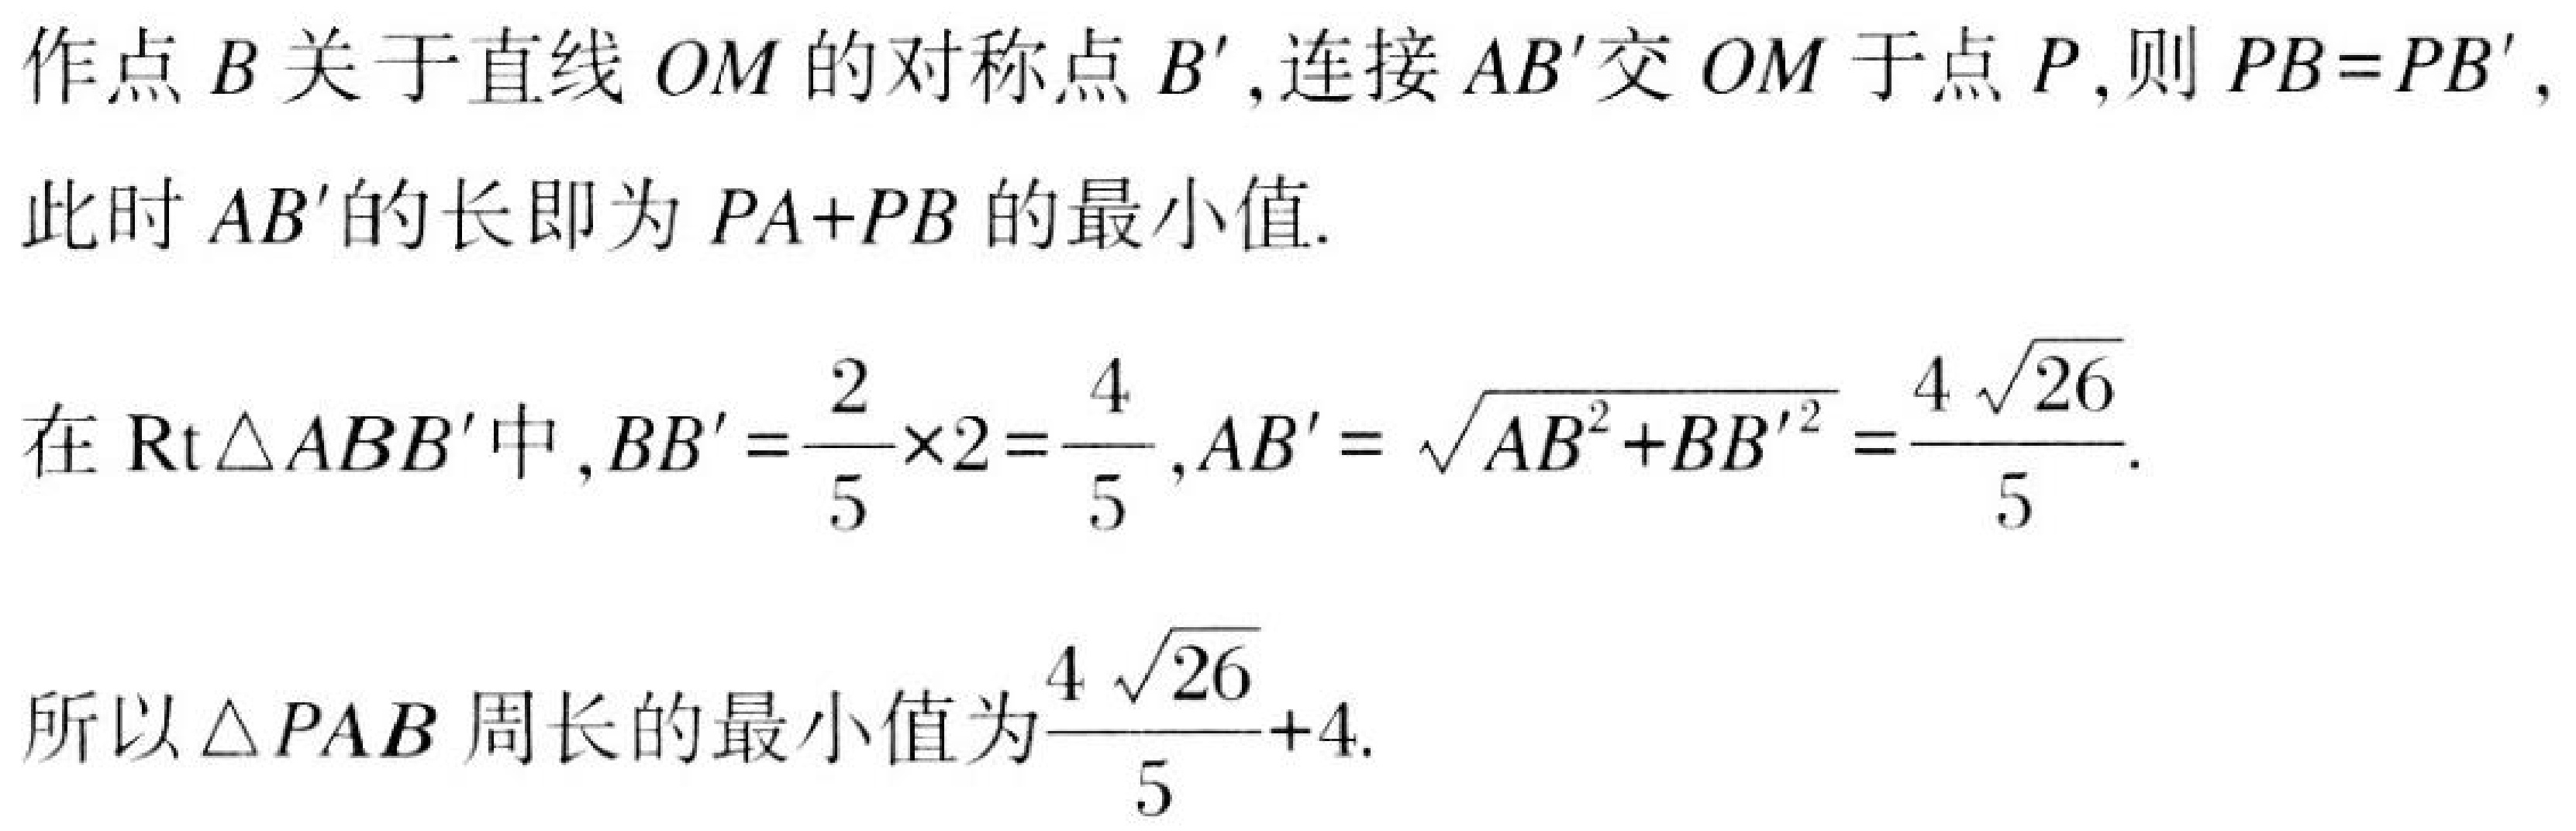
作点\(B\)关于直线\(OM\)的对称点\(B'\),连接\(AB'\)交\(OM\)于点\(P\),则\(PB = PB'\),
此时\(AB'\)的长即为\(PA + PB\)的最小值.
在\(\text{Rt}\triangle ABB'\)中,\(BB'=\frac{2}{5}\times2=\frac{4}{5}\),\(AB'=\sqrt{AB^{2}+BB'^{2}}=\frac{4\sqrt{26}}{5}\).
所以\(\triangle PAB\)周长的最小值为\(\frac{4\sqrt{26}}{5}+4\).